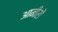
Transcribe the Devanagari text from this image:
आमीरों